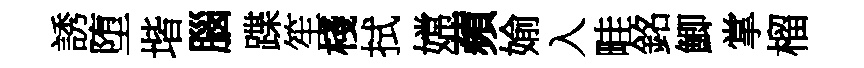
誘堕堦腦蹀笙棧拭嫦蘋媮入畦銘鯽掌榴